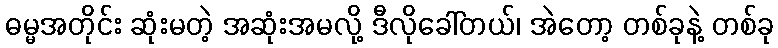
ဓမ္မအတိုင်း ဆုံးမတဲ့ အဆုံးအမလို့ ဒီလိုခေါ်တယ်၊ အဲတော့ တစ်ခုနဲ့ တစ်ခု